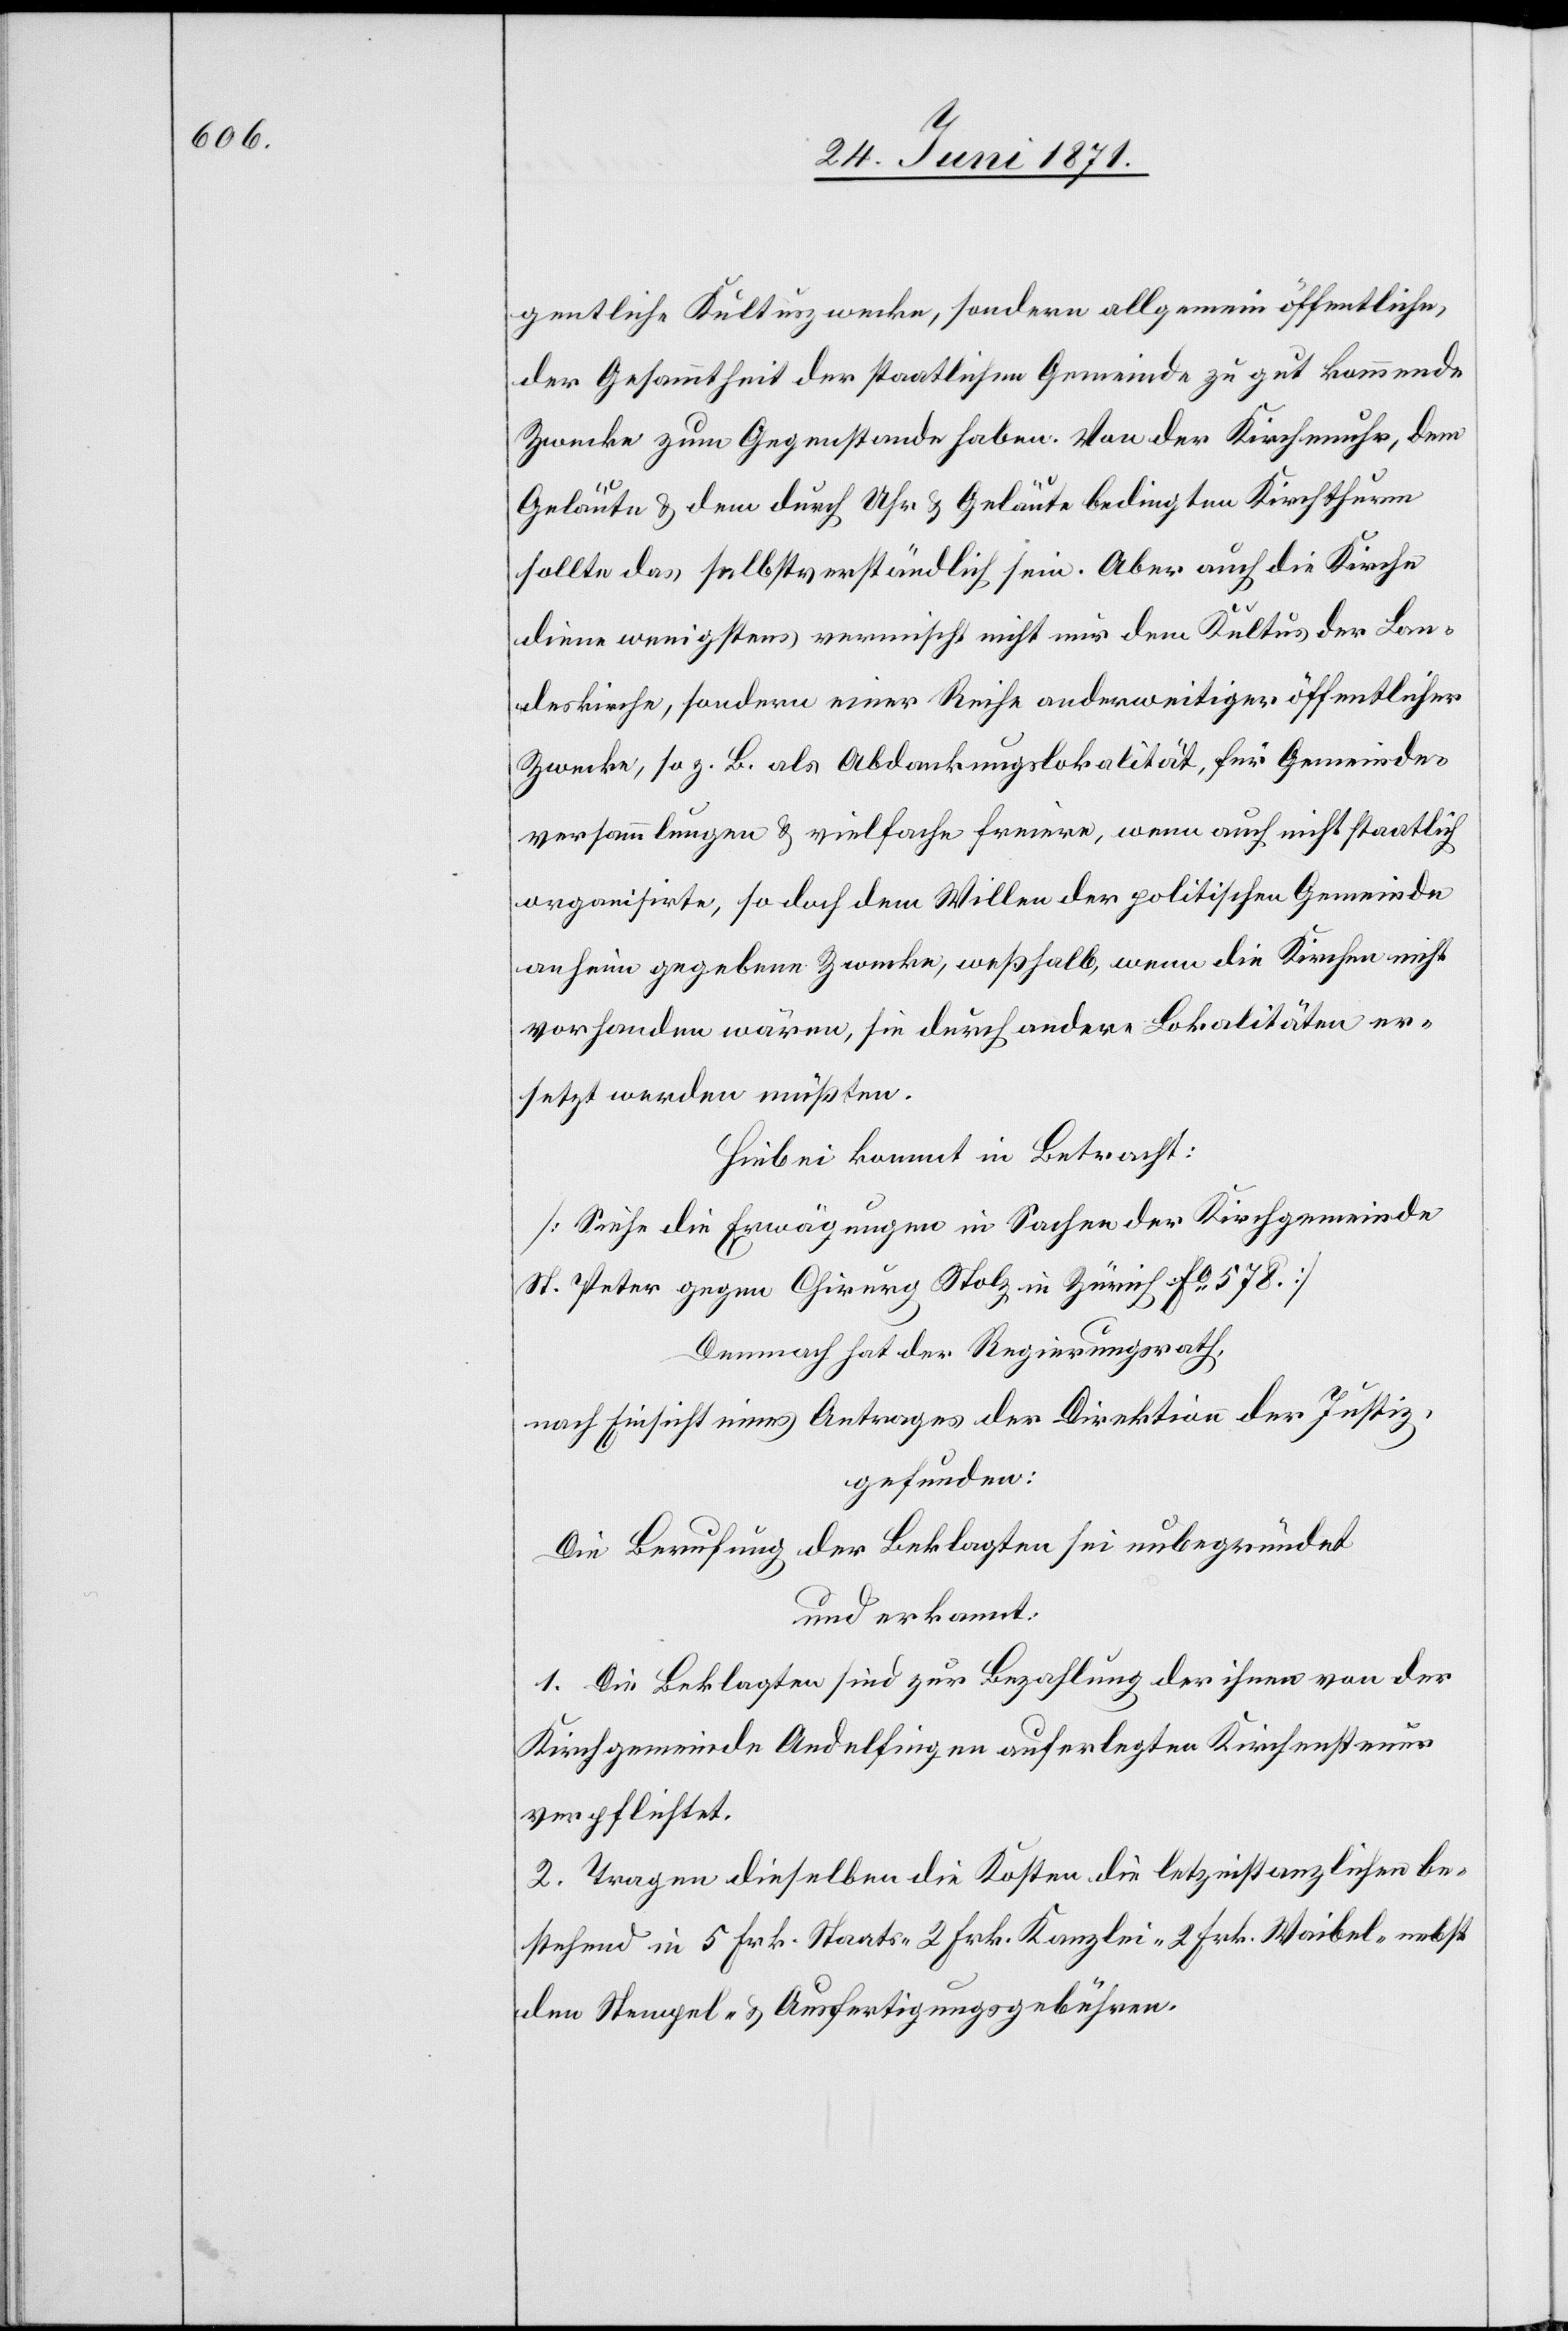
gentlich Kultuszwecke, sondern allgemeine öffentliche,
der Gesammtheit der staatlichen Gemeinde zu gut kommende
Zwecke zum Gegenstande haben. Von der Kirchenuhr, dem
Geläute u. dem durch Uhr u. Geläute bedingten Kirchthurm
sollte das selbstverständlich sein. Aber auch die Kirche
diene wenigstens vermischt nicht nur dem Kultus der Lan¬
deskirche, sondern einer Reihe anderweitiger öffentlicher
Zwecke, so z. B. als Abdankungslokalität, für Gemeinde¬
versammlungen u. vielfach freiere, wenn auch nicht staatlich
organisirte, so doch dem Willen der politischen Gemeinde
anheim gegebenen Zwecke, weßhalb, wenn die Kirchen nicht
vorhanden wären, sie durch andere Lokalitäten er¬
setzt werden müßten.
Hiebei kommt in Betracht:
[Siehe die Erwägungen in Sachen der Kirchgemeinde
St. Peter gegen Chirurg Nolz in Zürich Fo 578]
Demnach hat der Regierungsrath,
nach Einsicht eines Antrages der Direktion der Justiz,
gefunden:
Die Berufung der Beklagten sei unbegründet
und erkannt:
1. Die Beklagten sind zur Bezahlung der ihnen von der
Kirchgemeinde Andelfingen auferlegten Kirchensteuer
verpflichtet.
2. Tragen dieselben die Kosten die letztinstanzlichen be¬
stehend in 5 Frk. Staats-[,] 2 Frk. Kanzlei-[,] 2 Frk. Waibel-[,] nebst
den Stempel- u. Ausfertigungsgebühren.